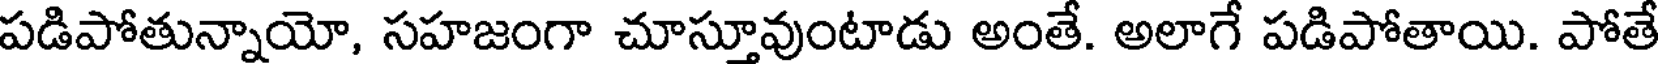
పడిపోతున్నాయో, సహజంగా చూస్తూవుంటాడు అంతే. అలాగే పడిపోతాయి. పోతే